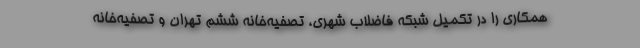
همکاری را در تکمیل شبکه فاضلاب شهری، تصفیه‌خانه ششم تهران و تصفیه‌خانه